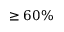
\ge 6 0 \%